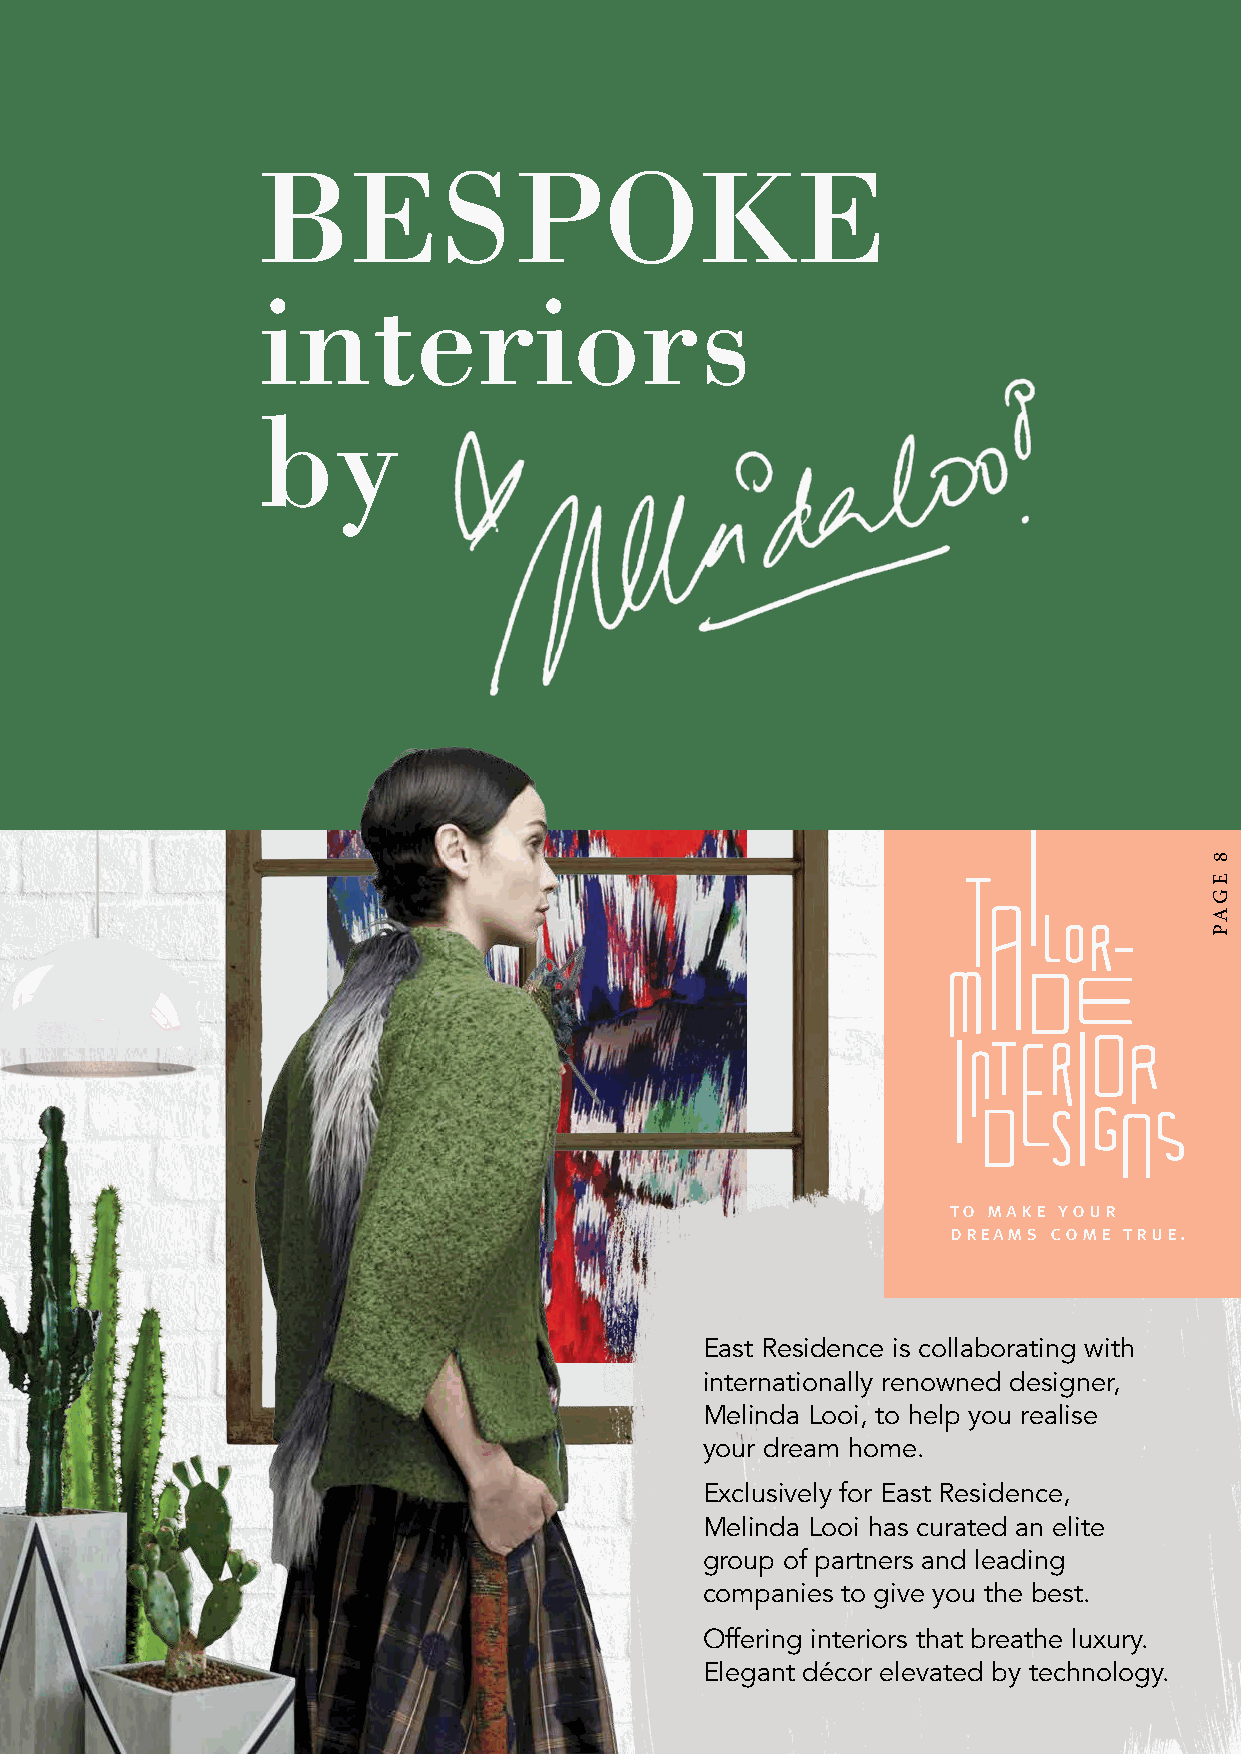
BESPOKE
 interiors
 by
 to make your
 dreams come true.
 East Residence is collaborating with
 internationally renowned designer,
 Melinda Looi, to help you realise
 your dream home.
 Exclusively for East Residence,
 Melinda Looi has curated an elite
 group of partners and leading
 companies to give you the best.
 Offering interiors that breathe luxury.
 Elegant décor elevated by technology.
 8
 EGAP